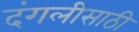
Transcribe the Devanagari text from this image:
दंगलीसाठी